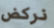
نركض